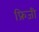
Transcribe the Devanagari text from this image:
फ्रिजी